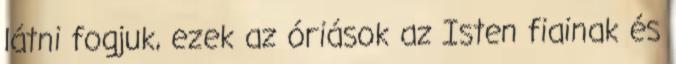
látni fogjuk, ezek az óriások az Isten fiainak és